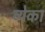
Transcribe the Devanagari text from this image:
व्येका